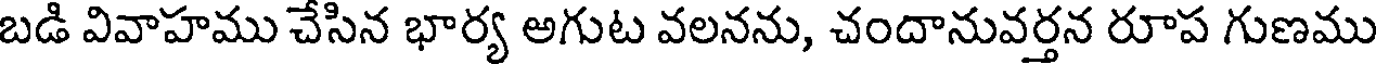
బడి వివాహము చేసిన భార్య అగుట వలనను, చందానువర్తన రూప గుణము